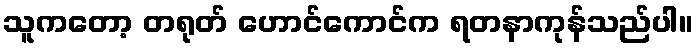
သူကတော့ တရုတ် ဟောင်ကောင်က ရတနာကုန်သည်ပါ။